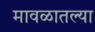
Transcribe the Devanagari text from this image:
मावळातल्या